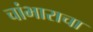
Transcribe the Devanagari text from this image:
चांभाराचा